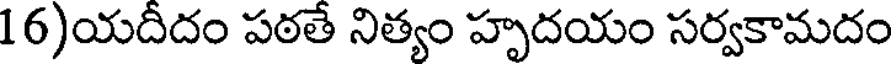
16)యదీదం పఠతే నిత్యం హృదయం సర్వకామదం